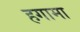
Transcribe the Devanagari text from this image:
हगामा